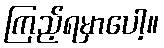
ကြည့်ရမှာပေါ့။